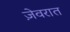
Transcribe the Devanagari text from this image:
जे़वरात